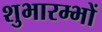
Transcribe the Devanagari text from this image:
शुभारम्भों